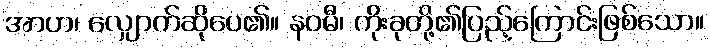
အာဟ၊ လျှောက်ဆိုပေ၏။ နဝမီ၊ ကိုးခုတို့၏ပြည့်ကြောင်းဖြစ်သော။